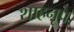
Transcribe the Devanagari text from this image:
शाहनृप